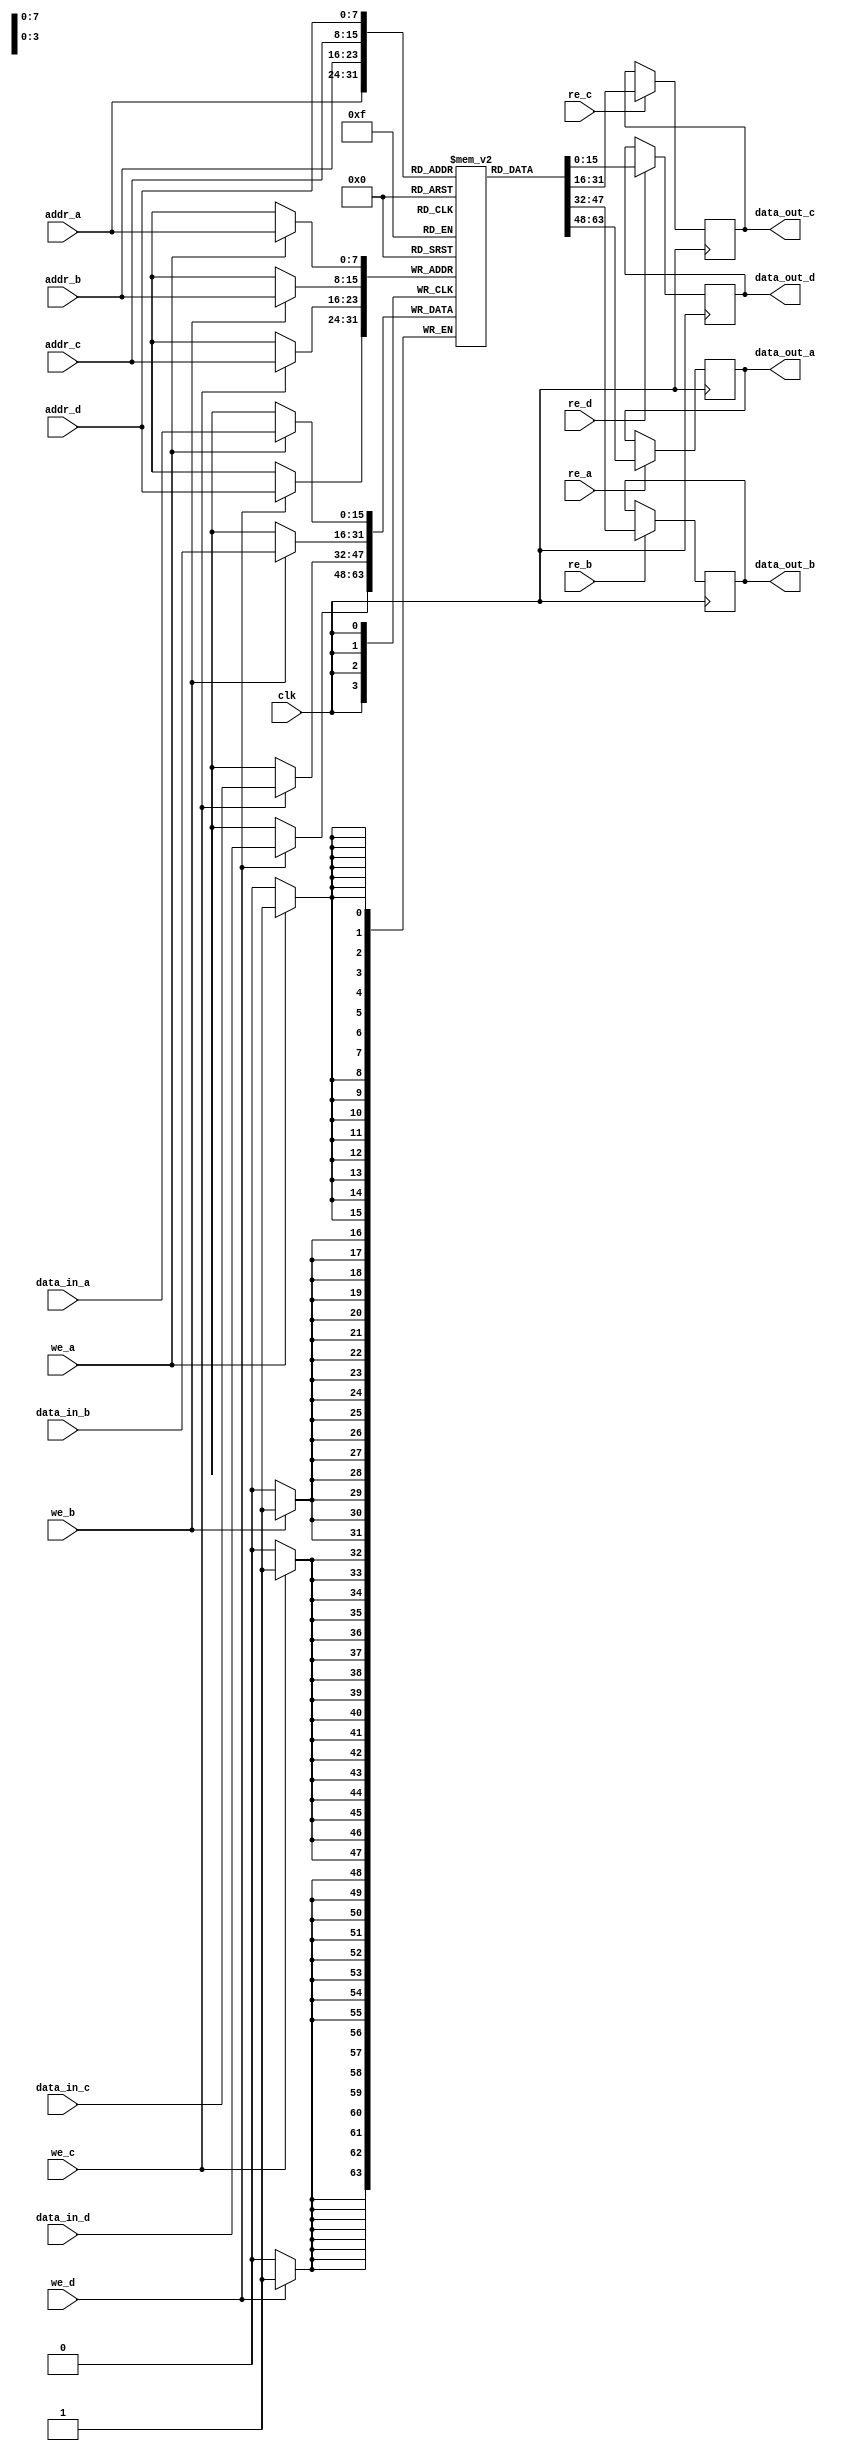
module quad_port_ram #(
    parameter N = 8, // Address width
    parameter M = 16 // Data width
)(
    input wire clk,
    
    // Port A
    input wire we_a,
    input wire re_a,
    input wire [N-1:0] addr_a,
    input wire [M-1:0] data_in_a,
    output reg [M-1:0] data_out_a,

    // Port B
    input wire we_b,
    input wire re_b,
    input wire [N-1:0] addr_b,
    input wire [M-1:0] data_in_b,
    output reg [M-1:0] data_out_b,

    // Port C
    input wire we_c,
    input wire re_c,
    input wire [N-1:0] addr_c,
    input wire [M-1:0] data_in_c,
    output reg [M-1:0] data_out_c,

    // Port D
    input wire we_d,
    input wire re_d,
    input wire [N-1:0] addr_d,
    input wire [M-1:0] data_in_d,
    output reg [M-1:0] data_out_d
);

    // Memory array declaration
    reg [M-1:0] memory [(2**N)-1:0];

    // Write and Read operations
    always @(posedge clk) begin
        // Port A
        if (we_a) begin
            memory[addr_a] <= data_in_a; // Write data to memory
        end
        if (re_a) begin
            data_out_a <= memory[addr_a]; // Read data from memory
        end

        // Port B
        if (we_b) begin
            memory[addr_b] <= data_in_b; // Write data to memory
        end
        if (re_b) begin
            data_out_b <= memory[addr_b]; // Read data from memory
        end

        // Port C
        if (we_c) begin
            memory[addr_c] <= data_in_c; // Write data to memory
        end
        if (re_c) begin
            data_out_c <= memory[addr_c]; // Read data from memory
        end

        // Port D
        if (we_d) begin
            memory[addr_d] <= data_in_d; // Write data to memory
        end
        if (re_d) begin
            data_out_d <= memory[addr_d]; // Read data from memory
        end
    end

endmodule